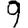
Digit: 9